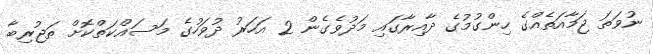
ނުވަތަ ޖަމާއަތެއްގެ ހިންގުމުގެ ދާއިރާގައި މަދުވެގެން 2 އަހަރު ދުވަހުގެ މަސައްކަތްކޮށް ތަޖުރިބާ